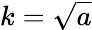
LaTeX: k={\sqrt{a}}